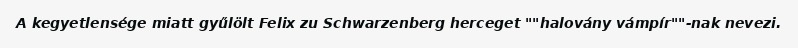
A kegyetlensége miatt gyűlölt Felix zu Schwarzenberg herceget ""halovány vámpír""-nak nevezi.